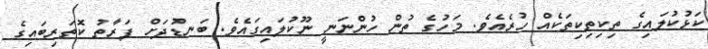
ކަޅުކުލައިގެ ތިކިތިކިތަކެއް ހުރެއެވެ. މަހުގެ ތުން ހުންނަނީ ނޫކުލައިގައެވެ. ބަނޑުދަށް ފަރާތު ކޮތަރިބައިގެ